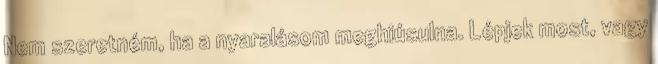
Nem szeretném, ha a nyaralásom meghiúsulna. Lépjek most, vagy